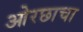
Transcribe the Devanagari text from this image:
ओरछाचा